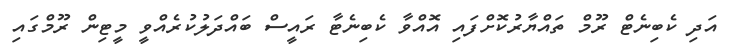
އަދި ކެބިނެޓް ރޫމް ތައްޔާރުކޮށްފައި އޮއްވާ ކެބިނެޓާ ރައީސް ބައްދަލުކުރެއްވީ މީޓިން ރޫމްގައި